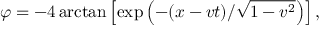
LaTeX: \varphi = - 4 \arctan \left[ \exp \left( - ( x - v t ) / \sqrt { 1 - v ^ { 2 } } \right) \right] ,